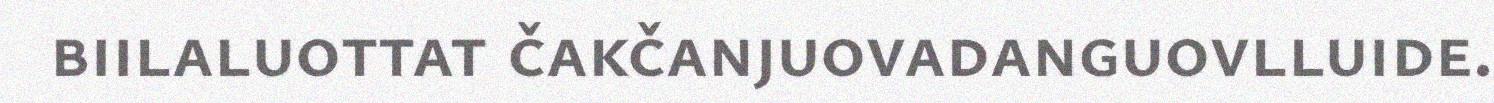
biilaluottat čakčanjuovadanguovlluide.